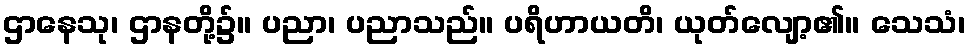
ဌာနေသု၊ ဌာနတို့၌။ ပညာ၊ ပညာသည်။ ပရိဟာယတိ၊ ယုတ်လျော့၏။ သေသံ၊